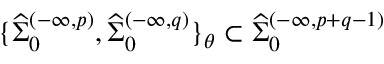
\{ { \widehat \Sigma } _ { 0 } ^ { ( - \infty , p ) } , { \widehat \Sigma } _ { 0 } ^ { ( - \infty , q ) } \} _ { \theta } \subset { \widehat \Sigma } _ { 0 } ^ { ( - \infty , p + q - 1 ) }